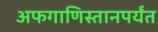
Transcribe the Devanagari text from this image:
अफगाणिस्तानपर्यंत